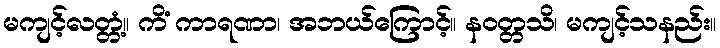
မကျင့်လတ္တံ့။ ကိံ ကာရဏာ၊ အဘယ်ကြောင့်။ နဝတ္တသိ၊ မကျင့်သနည်း။